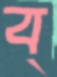
ব্